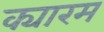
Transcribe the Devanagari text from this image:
क्यारम